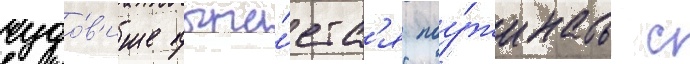
чудо́в'ище пыта́етс'я поу́жинать с